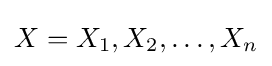
X=X_{1},X_{2},\ldots ,X_{n}